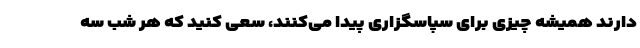
دارند همیشه چیزی برای سپاسگزاری پیدا می‌کنند، سعی کنید که هر شب سه